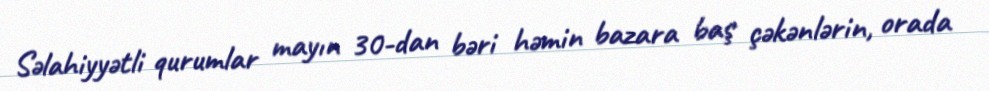
Səlahiyyətli qurumlar mayın 30-dan bəri həmin bazara baş çəkənlərin, orada